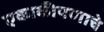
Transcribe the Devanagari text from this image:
एकाकीपणाचे